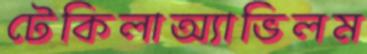
টেকিলাঅ্যাভিলম